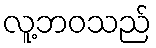
လူ့ဘဝသည်